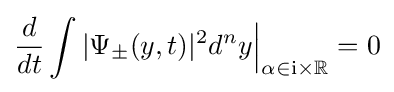
{\frac {d}{dt}}\int |\Psi _{\pm }(y,t)|^{2}d^{n}y{\Big |}_{\alpha \in {\rm {i}}\times \mathbb {R} }=0